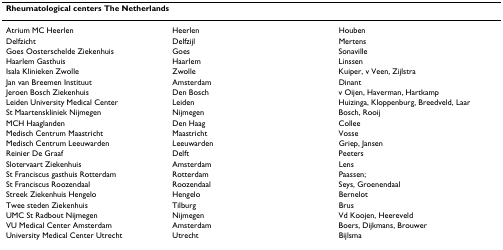
| <COLSPAN=3> Rheumatological centers The Netherlands |
 | --- | --- | --- |
 | Atrium MC Heerlen | Heerlen | Houben |
 | Delfzicht | Delfzijl | Mertens |
 | Goes Oosterschelde Ziekenhuis | Goes | Sonaville |
 | Haarlem Gasthuis | Haarlem | Linssen |
 | Isala Klinieken Zwolle | Zwolle | Kuiper, v Veen, Zijlstra |
 | Jan van Breemen Instituut | Amsterdam | Dinant |
 | Jeroen Bosch Ziekenhuis | Den Bosch | v Oijen, Haverman, Hartkamp |
 | Leiden University Medical Center | Leiden | Huizinga, Kloppenburg, Breedveld, Laar |
 | St Maartenskliniek Nijmegen | Nijmegen | Bosch, Rooij |
 | MCH Haaglanden | Den Haag | Collee |
 | Medisch Centrum Maastricht | Maastricht | Vosse |
 | Medisch Centrum Leeuwarden | Leeuwarden | Griep, Jansen |
 | Reinier De Graaf | Delft | Peeters |
 | Slotervaart Ziekenhuis | Amsterdam | Lens |
 | St Franciscus gasthuis Rotterdam | Rotterdam | Paassen; |
 | St Franciscus Roozendaal | Roozendaal | Seys, Groenendaal |
 | Streek Ziekenhuis Hengelo | Hengelo | Bernelot |
 | Twee steden Ziekenhuis | Tilburg | Brus |
 | UMC St Radbout Nijmegen | Nijmegen | Vd Koojen, Heereveld |
 | VU Medical Center Amsterdam | Amsterdam | Boers, Dijkmans, Brouwer |
 | University Medical Center Utrecht | Utrecht | Bijlsma |